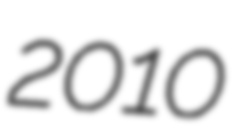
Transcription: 2010